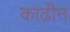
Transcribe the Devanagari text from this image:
काढीन